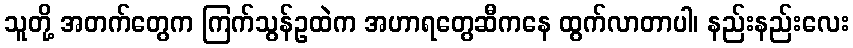
သူတို့ အတက်တွေက ကြက်သွန်ဥထဲက အဟာရတွေဆီကနေ ထွက်လာတာပါ၊ နည်းနည်းလေး